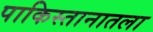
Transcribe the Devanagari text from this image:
पाकिस्तानातला